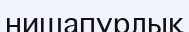
нишапурлық